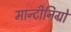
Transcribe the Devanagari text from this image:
मान्टीनिग्रो